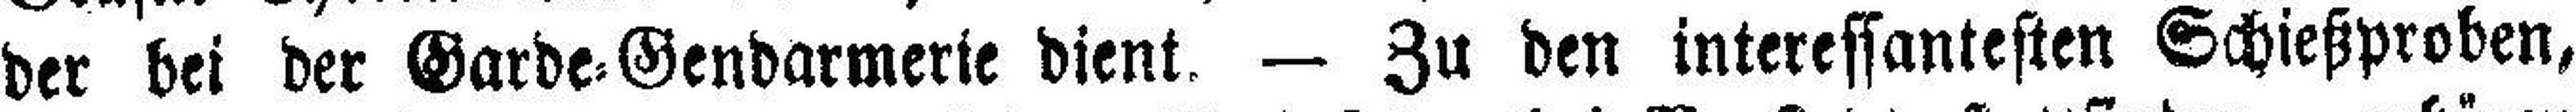
der bei der Garde=Gendarmerie dient. — Zu den interessantesten Schießproben,